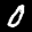
Label: 0